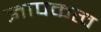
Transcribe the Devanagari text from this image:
ज्ञापकत्व